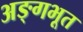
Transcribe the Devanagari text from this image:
अङ्गभूत